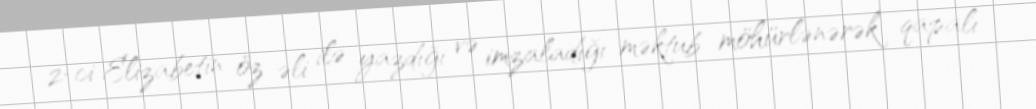
2-ci Elizabetin öz əli ilə yazdığı və imzaladığı məktub möhürlənərək qapalı